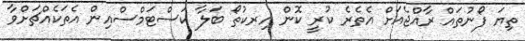
ތިޔަ ފޯނުތައް ރާއްޖެއަށް އެތެރެ ކުރީ ކޮން އިރކުތޯ ބަލާ ކަސްޓަމްސްއިން އެތަކެއްޗަށްވާ